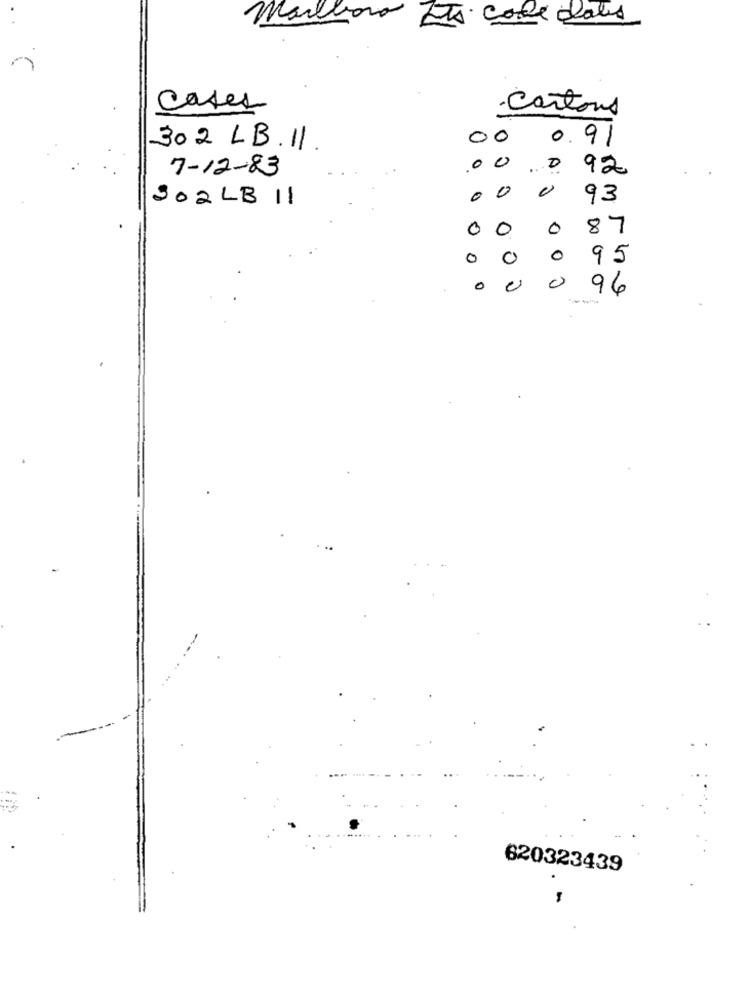
Marion Ets cole dals
Cases
Cartons
00 0.91
302 LB.11.
7-12-83
.000 92
SO2LB 11
0
0
0
93
0
0
0
87
0
0
0
95
0
0
96
--
620323439